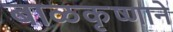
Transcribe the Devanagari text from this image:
बाळकृष्णाने